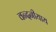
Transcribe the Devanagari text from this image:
वन्दनीयाय